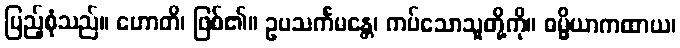
ပြည့်စုံသည်။ ဟောတိ၊ ဖြစ်၏။ ဥပသင်္ကမန္တေ၊ ကပ်သောသူတို့ကို။ ဓမ္မိယာကထာယ၊